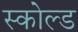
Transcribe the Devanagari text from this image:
स्कोल्ड